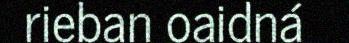
rieban oaidná